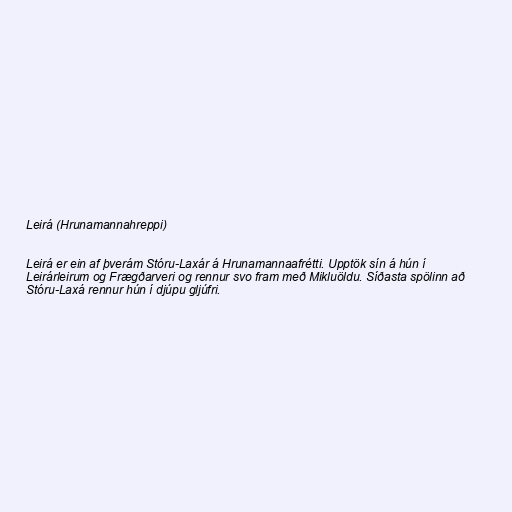
Leirá (Hrunamannahreppi)

Leirá er ein af þverám Stóru-Laxár á Hrunamannaafrétti. Upptök sín á hún í
Leirárleirum og Frægðarveri og rennur svo fram með Mikluöldu. Síðasta spölinn að
Stóru-Laxá rennur hún í djúpu gljúfri.